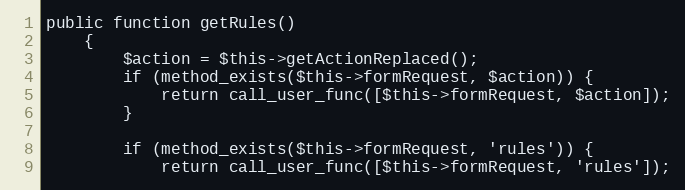
Language: PHP
public function getRules()
    {
        $action = $this->getActionReplaced();
        if (method_exists($this->formRequest, $action)) {
            return call_user_func([$this->formRequest, $action]);
        }

        if (method_exists($this->formRequest, 'rules')) {
            return call_user_func([$this->formRequest, 'rules']);